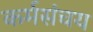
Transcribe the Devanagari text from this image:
कर्मसंचय